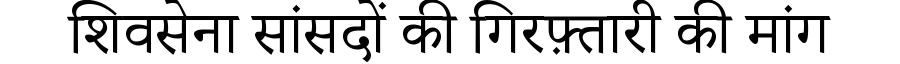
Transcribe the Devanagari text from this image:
शिवसेना सांसदों की गिरफ़्तारी की मांग